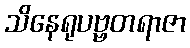
သိနေရုပဗ္ဗတရာဇာ